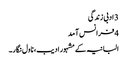
3 ادبی زندگی
4 فرانس آمد
البانیہ کے مشہور ادیب، ناول نگار۔